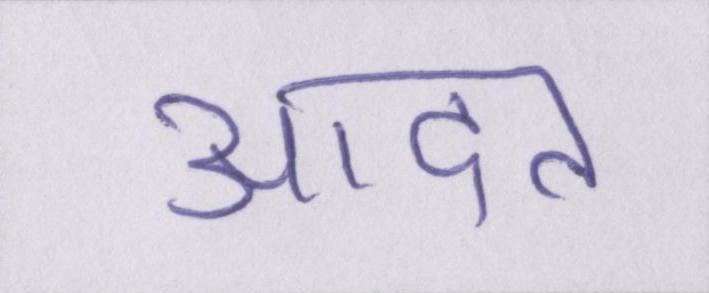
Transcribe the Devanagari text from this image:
आदत